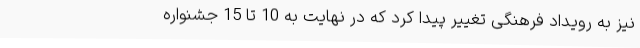
نیز به رویداد فرهنگی تغییر پیدا کرد که در نهایت به 10 تا 15 جشنواره